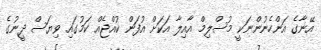
އޭނާގެ އަންހެނުންނަކީ މުސްލިމް އާއިލާ އަކަށް އުފަން ކުއްޖެއް ކަމުގައި ވިޔަސް ދީނުގެ